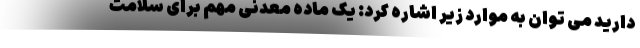
دارید می توان به موارد زیر اشاره کرد: یک ماده معدنی مهم برای سلامت